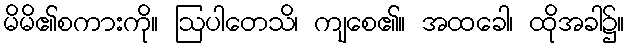
မိမိ၏စကားကို။ ဩပါတေသိ၊ ကျစေ၏။ အထခေါ၊ ထိုအခါ၌။